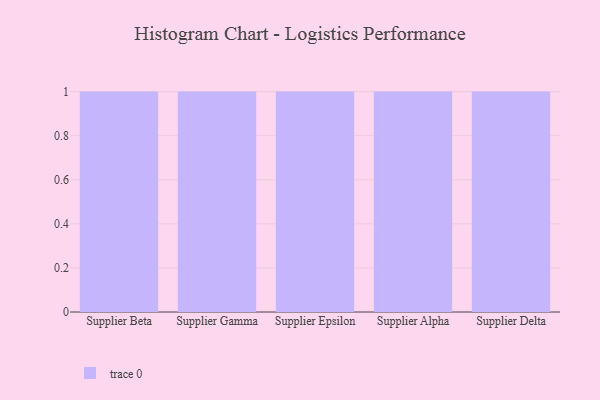
{"axis": {"x": "Supplier", "y": "Humidity (%)"}, "legend": [""], "data": [{"x": "Supplier Beta", "y": 80, "type": ""}, {"x": "Supplier Gamma", "y": 99, "type": ""}, {"x": "Supplier Epsilon", "y": 58, "type": ""}, {"x": "Supplier Alpha", "y": 21, "type": ""}, {"x": "Supplier Delta", "y": 14, "type": ""}]}